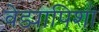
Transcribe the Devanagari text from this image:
वेड्यापिशा